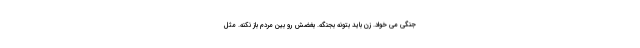
جنگی می خواد. زن باید بتونه بجنگه. بغضش رو بین مردم باز نکنه. مثل